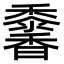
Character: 𩡠